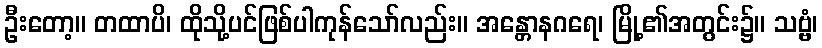
ဦးတော့။ တထာပိ၊ ထိုသို့ပင်ဖြစ်ပါကုန်သော်လည်း။ အန္တောနဂရေ၊ မြို့၏အတွင်း၌။ သဗ္ဗံ၊